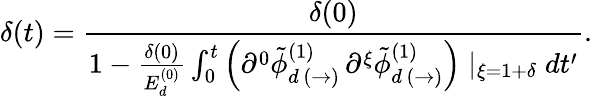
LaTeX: \delta(t)=\frac{\delta(0)}{1-\frac{\delta(0)}{E_{d}^{(0)}}\int_{0}^{t}\left(\partial^{0}\tilde{\phi}_{d\, (\rightarrow)}^{(1)}\, \partial^{\xi}\tilde{\phi}_{d\, (\rightarrow)}^{(1)}\right)\mid_{\xi=1+\delta}dt^{\prime}}.